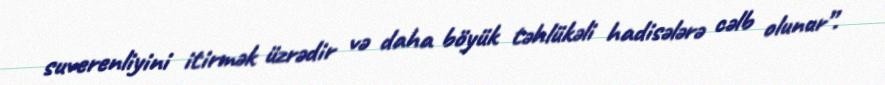
suverenliyini itirmək üzrədir və daha böyük təhlükəli hadisələrə cəlb olunur”.